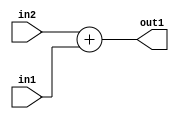
`timescale 1ps / 1ps
/*****************************************************************************
    Verilog RTL Description
    
    
    Created by: Stratus DpOpt 2019.1.01 
*******************************************************************************/

module st_weight_addr_gen_Add_32Ux16U_32U_4_2 (
	in2,
	in1,
	out1
	); /* architecture "behavioural" */ 
input [31:0] in2;
input [15:0] in1;
output [31:0] out1;
wire [31:0] asc001;

assign asc001 = 
	+(in2)
	+(in1);

assign out1 = asc001;
endmodule

/* CADENCE  ubP2Sgg= : u9/ySgnWtBlWxVPRXgAZ4Og= ** DO NOT EDIT THIS LINE ******/